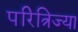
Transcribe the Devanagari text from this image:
परित्रिज्या